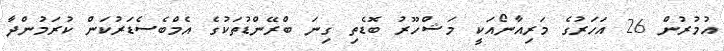
އުމުރުން 26 އަހަރުގެ މަރިއާނޯއަކީ މަޝްހޫރު ބޮޑެތި ގިނަ ބްރޭންޑުތަކުގެ އެމްބެސެޑަރުކަން ކުރަމުންދާ